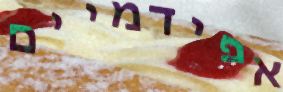
אפידמיים